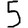
Digit: 5